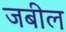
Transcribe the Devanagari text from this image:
जबील